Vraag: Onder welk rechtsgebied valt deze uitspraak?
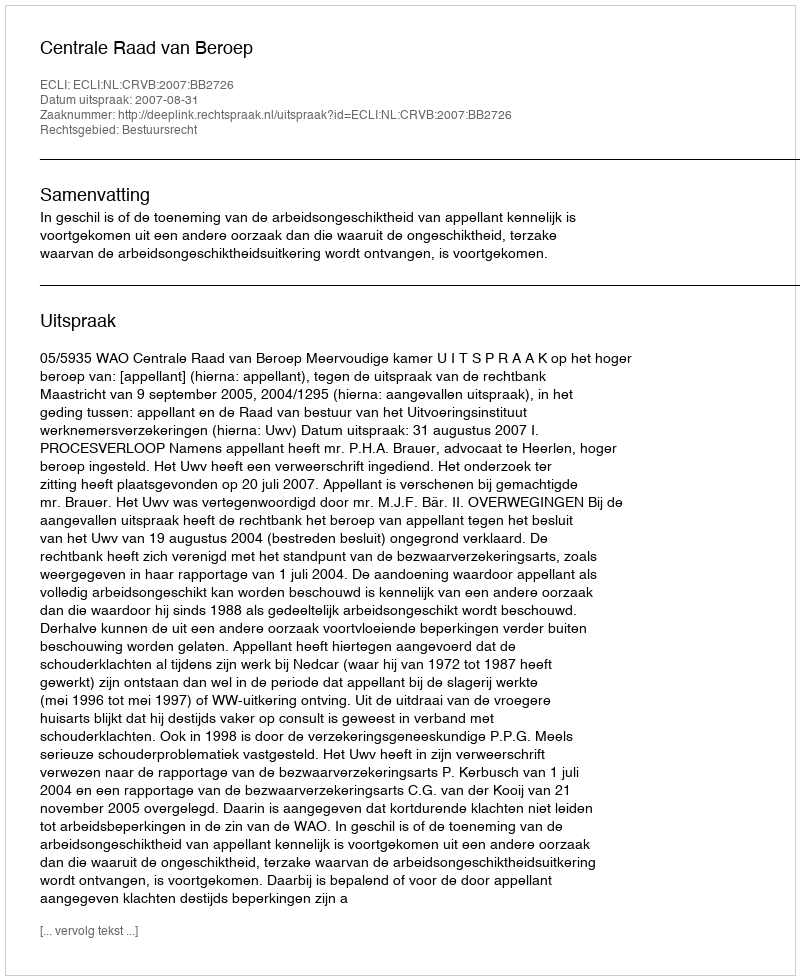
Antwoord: Bestuursrecht